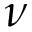
\nu